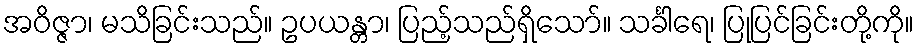
အဝိဇ္ဇာ၊ မသိခြင်းသည်။ ဥပယန္တာ၊ ပြည့်သည်ရှိသော်။ သင်္ခါရေ၊ ပြုပြင်ခြင်းတို့ကို။